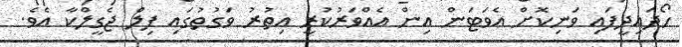
ހޯދައިދީފައި ވަނިކޮށް އެވަޓަން އިން އެއްވަރުކުރީ އިތުރު ވަގުތުގައި ފިލް ޖެގީލްކާ އެވެ.